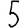
Digit: 5